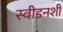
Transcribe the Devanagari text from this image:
स्वीडनशी